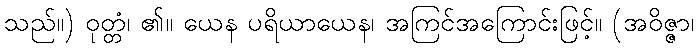
သည်။) ဝုတ္တံ၊ ၏။ ယေန ပရိယာယေန၊ အကြင်အကြောင်းဖြင့်။ (အဝိဇ္ဇာ၊